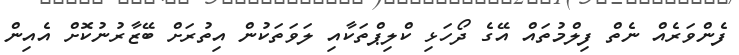
ފެންވަރެއް ނެތް ފިލްމުތައް އޭގެ ދޯހަޅި ކްލިޕްތަކާއި ލަވަތަކުން އިތުރަށް ބޭޒާރުނުކޮށް އެއިން